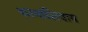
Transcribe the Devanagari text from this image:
कामांशिवाय